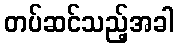
တပ်ဆင်သည့်အခါ